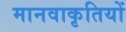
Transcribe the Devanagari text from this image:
मानवाकृतियों